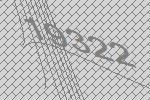
19322